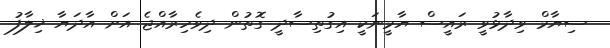
ސިޔާމް ވިދާޅުވީ ރައީސް ޔާމީނަކީ އިގުތިސާދީ ގޮތުން ދިވެހިރާއްޖެ އަށް އާދަޔާ ޚިލާފު